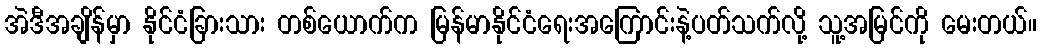
အဲဒီအချိန်မှာ နိုင်ငံခြားသား တစ်ယောက်က မြန်မာနိုင်ငံရေးအကြောင်းနဲ့ပတ်သက်လို့ သူ့အမြင်ကို မေးတယ်။